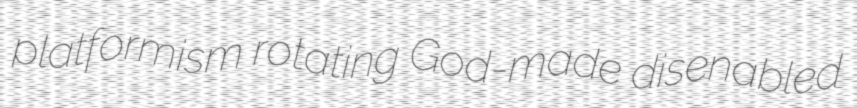
platformism rotating God-made disenabled